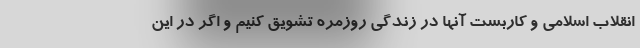
انقلاب اسلامی و کاربست آنها در زندگی روزمره تشویق کنیم و اگر در این